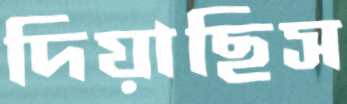
দিয়াছিস